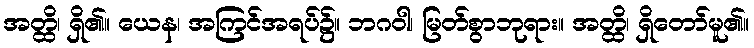
အတ္ထိ၊ ရှိ၏။ ယေန၊ အကြင်အရပ်၌။ ဘဂဝါ၊ မြတ်စွာဘုရား။ အတ္ထိ၊ ရှိတော်မူ၏။